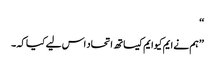
‘‘
’’ہم نے ایم کیوایم کیساتھ اتحاد اس لیے کیا کہ ۔